Report on plague and inoculation in the Punjab from October 1st ... to September 30th..., being the ... season of plague in the province
Disease focus: Plague
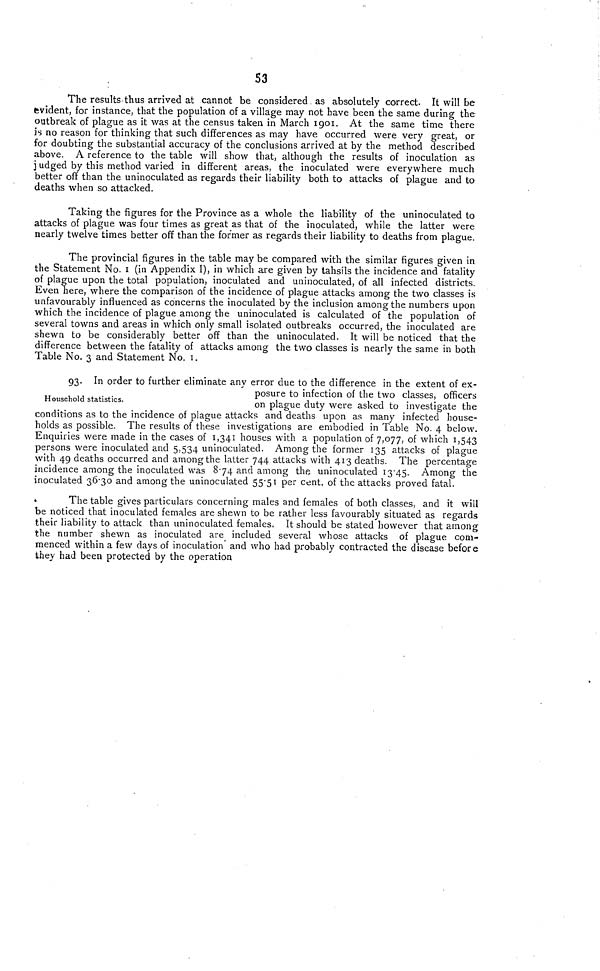
S3
The results thus arrived at cannot be considered as absolutely correct. It will be
evident, for instance, that the population of a village may not have been the same during the
outbreak of plague as it was at the census taken in March 1901. At the same time there
is no reason for thinking that such differences as may have occurred were very great, or
for doubting the substantial accuracy of the conclusions arrived at by the method described
above. A reference to the table will show that, although the results of inoculation as
judged by this method varied in different areas, the inoculated were everywhere much
better off than the uninoculated as regards their liability both to attacks of plague and to
deaths when so attacked.
Taking the figures for the Province as a whole the liability of the uninoculated to
attacks of plague was four times as great as that of the inoculated, while the latter were
nearly twelve times better off than the former as regards their liability to deaths from plague.
The provincial figures in the table may be compared with the similar figures given in
the Statement No. 1 (in Appendix I), in which are given by tahsils the incidence and fatality
of plague upon the total population, inoculated and uninoculated, of all infected districts.
Even here, where the comparison of the incidence of plague attacks among the two classes is
unfavourably influenced as concerns the inoculated by the inclusion among the numbers upon
which the incidence of plague among the uninoculated is calculated of the population of
several towns and areas in which only small isolated outbreaks occurred, the inoculated are
shewn to be considerably better off than the uninoculated. It will be noticed that the
difference between the fatality of attacks among the two classes is nearly the same in both
Table No. 3 and Statement No. 1.
Household statistics.
03. In order to further eliminate any error due to the difference in the extent of ex-
posure to infection of the two classes, officers
on plague duty were asked to investigate the
conditions as to the incidence of plague attacks and deaths upon as many infected house-
holds as possible. The results of these investigations are embodied in Table No. 4 below.
Enquiries were made in the cases of 1,341 houses with a population of 7,077, of which 1,543
persons were inoculated and 5,534 uninoculated. Among the former 135 attacks of plague
with 49 deaths occurred and among the latter 744 attacks with 413 deaths. The percentage
incidence among the inoculated was 8·74 and among the uninoculated 13·45- Among the
inoculated 36·30 and among the uninoculated 55·51 per cent. of the attacks proved fatal.
The table gives particulars concerning males and females of both classes, and it will
be noticed that inoculated females are shewn to be rather less favourably situated as regards
their liability to attack than uninoculated females. It should be stated however that among
the number shewn as inoculated are included several whose attacks of plague com-
menced within a few days of inoculation and who had probably contracted the disease before
they had been protected by the operation